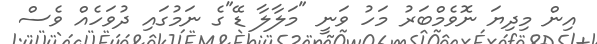
އިން މިދިޔަ ނޮވެމްބަރު މަހު ވަނީ "މަލާލާ ޑޭ"ގެ ނަމުގައި ދުވަހެއް ވެސް